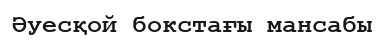
Әуесқой бокстағы мансабы